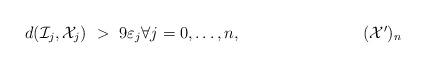
LaTeX: \begin{align*} \tag*{$(\mathcal{X'})_n$} d(\mathcal{I}_j,\mathcal{X}_j)\ >\ 9\varepsilon_j\forall j=0,\ldots,n, \end{align*}